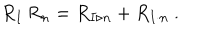
LaTeX: R _ { I } \, R _ { n } = R _ { I \triangleright n } + R _ { I \cdot n } \ .